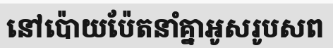
នៅប៉ោយប៉ែតនាំគ្នាអូសរូបសព